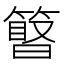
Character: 𥲹